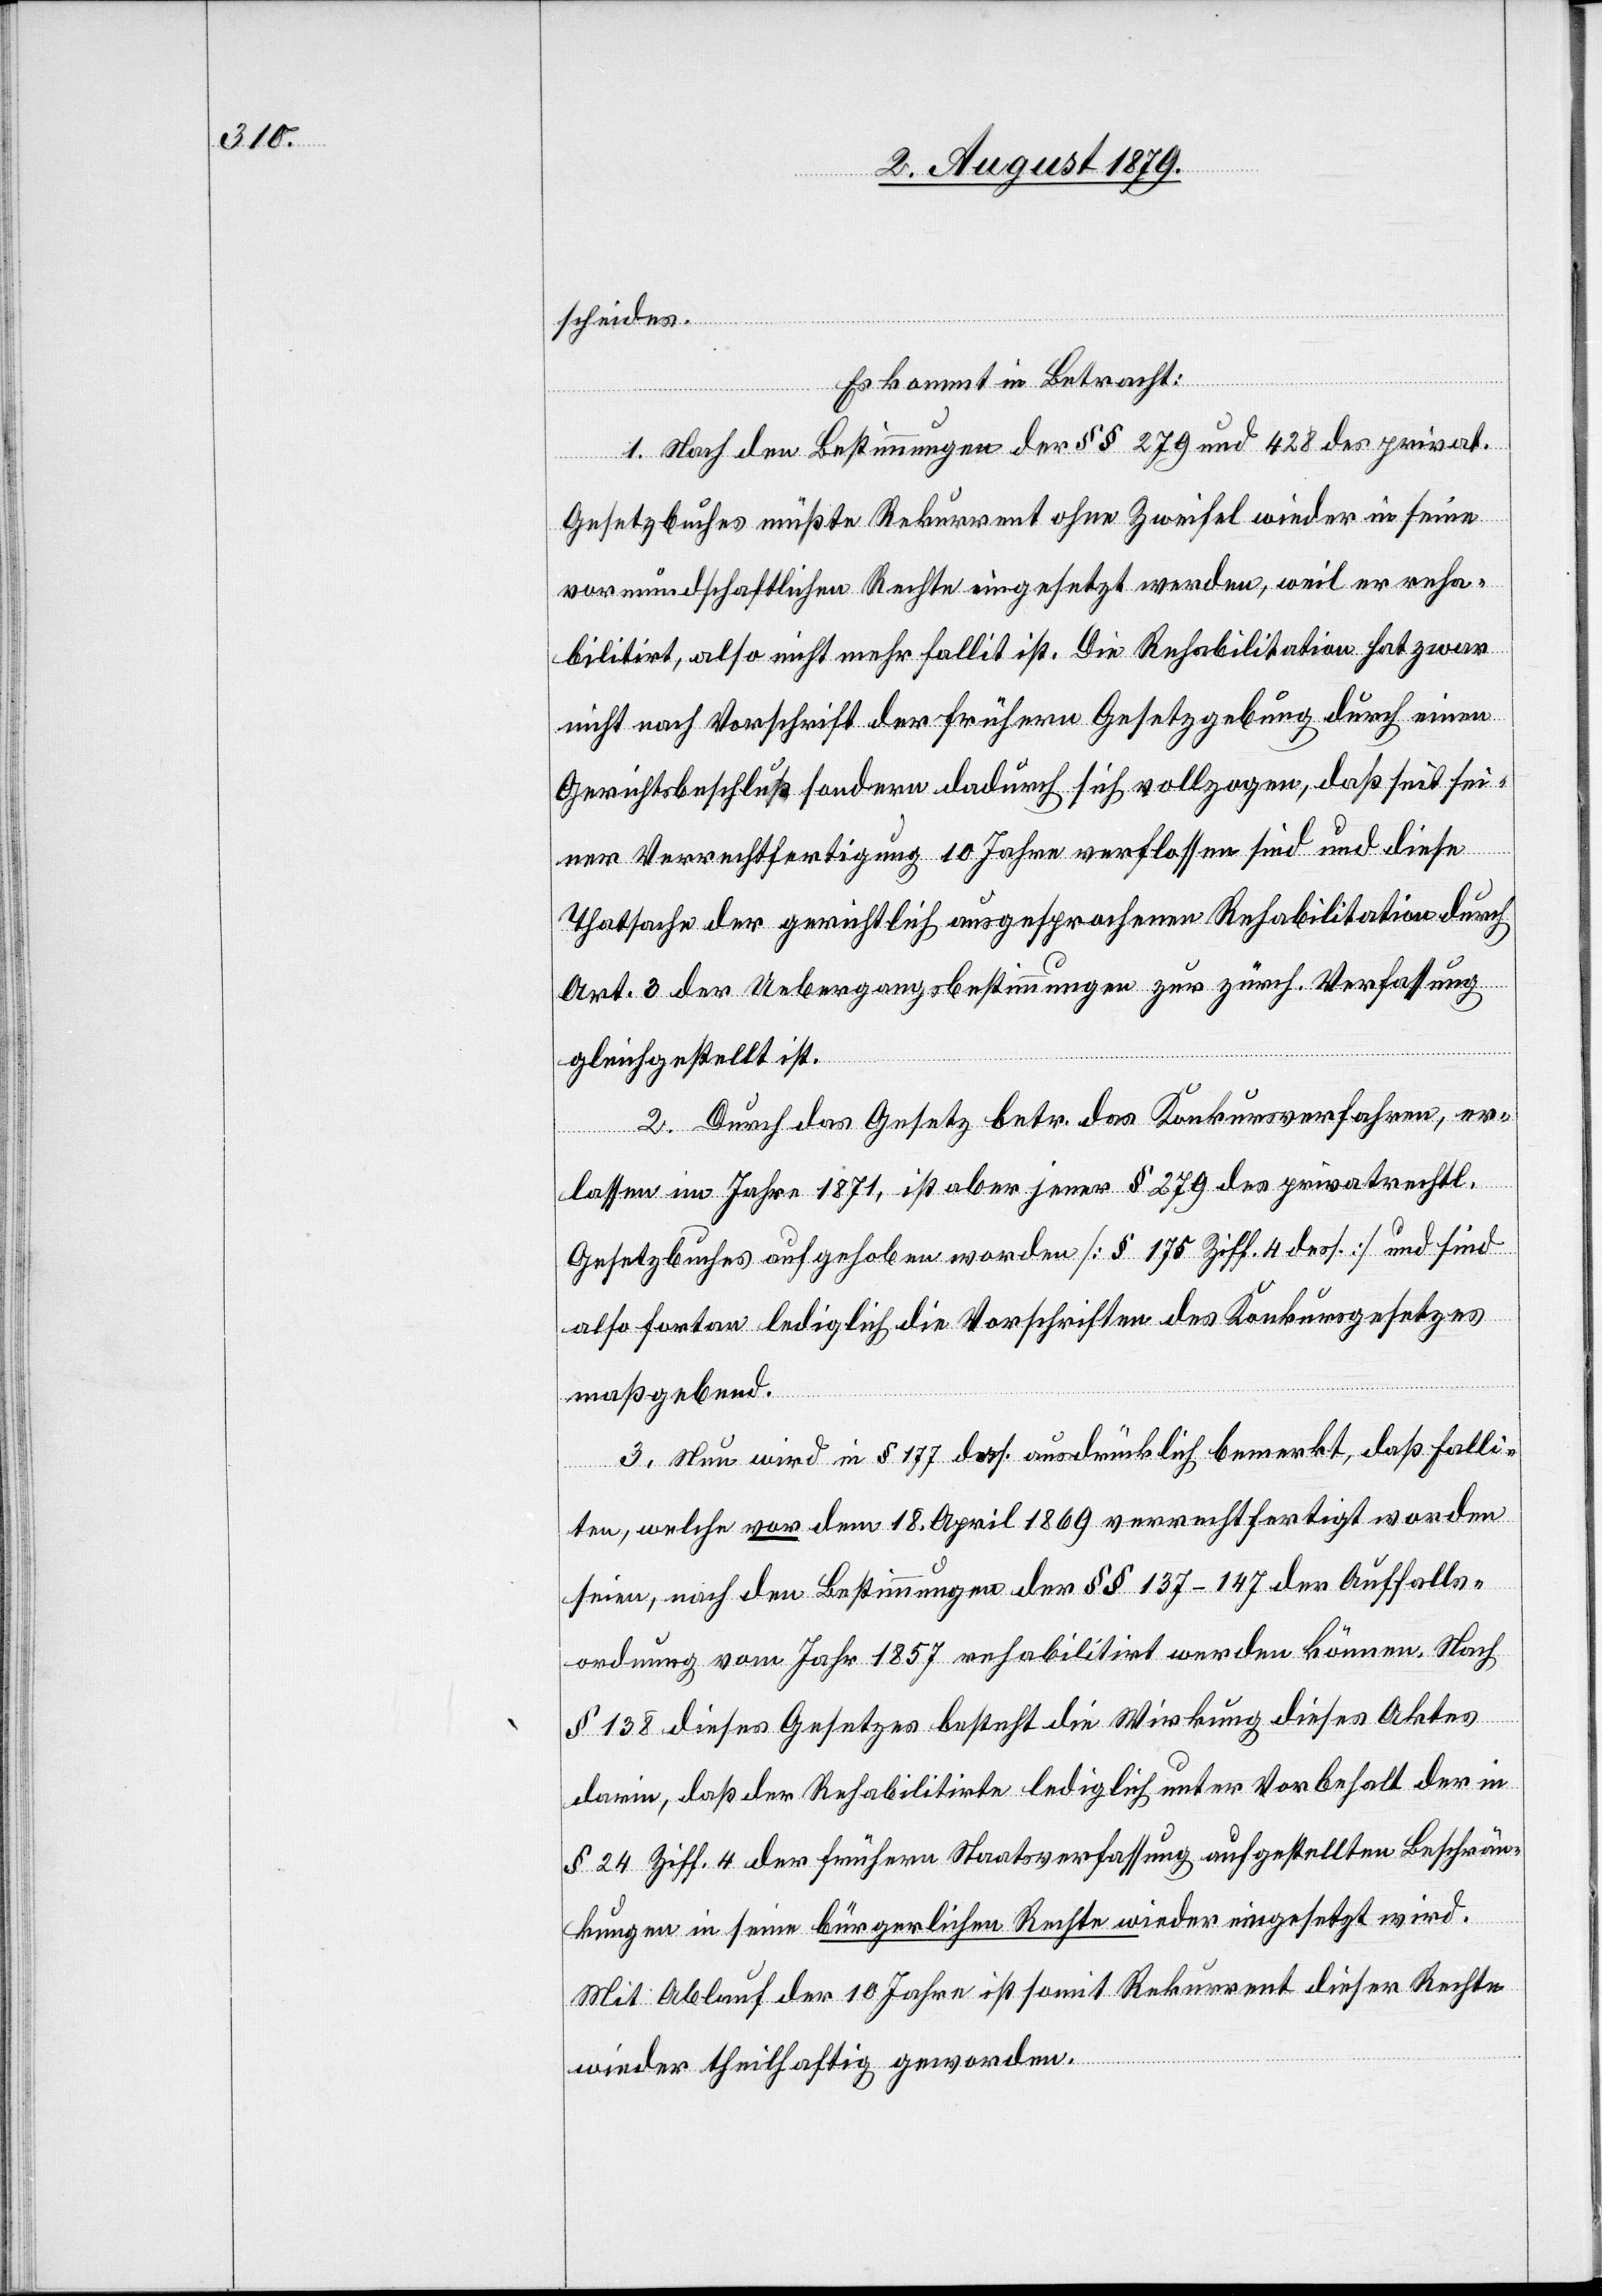
scheides.
Es kommt in Betracht:
1. Nach den Bestimmungen der §§ 279 und 428 des privat.
Gesetzbuches müßte Rekurrent ohne Zweifel wieder in seine
vormundschaftlichen Rechte eingesetzt werden, weil er reha¬
bilitirt, also nicht mehr fallit ist. Die Rehabilitation hat zwar
nicht nach Vorschrift der frühern Gesetzgebung durch einen
Gerichtsbeschluß sondern dadurch sich vollzogen, daß seit sei¬
ner Verrechtfertigung 10 Jahre verflossen sind und diese
Thatsache der gerichtlich ausgesprochenen Rehabilitation durch
Art. 3 der Uebergangsbestimmungen zur zürch. Verfassung
gleichgestellt ist.
2. Durch das Gesetz betr. das Konkursverfahren, er¬
lassen im Jahre 1871, ist aber jener § 279 des privatrechtl.
Gesetzbuches aufgehoben worden [§ 175 Ziff. 4 dess.] und sind
also fortan lediglich die Vorschriften des Konkursgesetzes
maßgebend.
3. Nun wird in § 177 dess. ausdrücklich bemerkt, daß falli¬
ten, welche vor dem 18. April 1869 verrechtfertigt worden
seien, nach den Bestimmungen der §§ 137–147 der Auffalls¬
ordnung vom Jahr 1857 rehabilitirt werden können. Nach
§ 138 dieses Gesetzes besteht die Wirkung dieses Aktes
darin, daß der Rehabilitirte lediglich unter Vorbehalt der in
§ 24 Ziff. 4 der frühern Staatsverfassung aufgestellten Beschrän¬
kungen in seine bürgerlichen Rechte wieder eingesetzt wird.
Mit Ablauf der 10 Jahre ist somit Rekurrent dieser Rechte
wieder theilhaftig geworden.